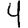
Digit: 4